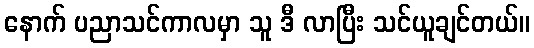
နောက် ပညာသင်ကာလမှာ သူ ဒီ လာပြီး သင်ယူချင်တယ်။